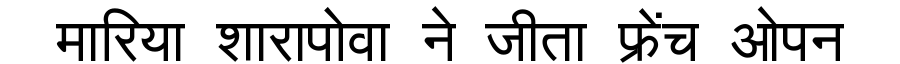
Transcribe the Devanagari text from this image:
मारिया शारापोवा ने जीता फ्रेंच ओपन